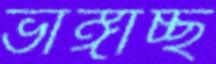
ভাঙ্গাচ্ছ